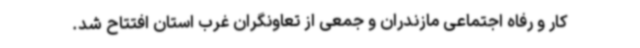
کار و رفاه اجتماعی مازندران و جمعی از تعاونگران غرب استان افتتاح شد.